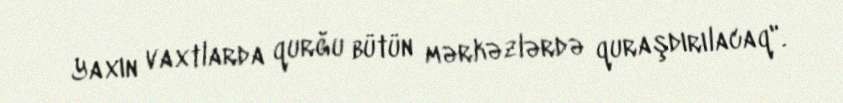
Yaxın vaxtlarda qurğu bütün mərkəzlərdə quraşdırılacaq".